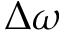
\Delta \omega